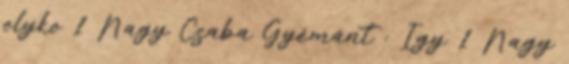
olyko 1 Nagy Csaba Gyémánt : Így 1 Nagy